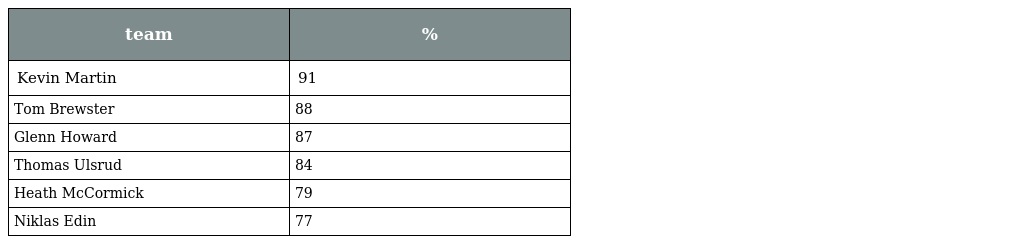
| team | % |
 | --- | --- |
 | Kevin Martin | 91 |
 | Tom Brewster | 88 |
 | Glenn Howard | 87 |
 | Thomas Ulsrud | 84 |
 | Heath McCormick | 79 |
 | Niklas Edin | 77 |